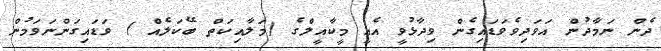
ދެން ނަމާދުން އަވަދިވެވަޑައިގެން ވިދާޅުވީ އެއީ މީކާއީލްގެ (މަލާއިކަތް ބޭކަލެއް ) ވަޑައިގަންނަވަމުން